Civil Veterinary Department Bengal reports 1923-33 - 1923-1933
Year: 1923
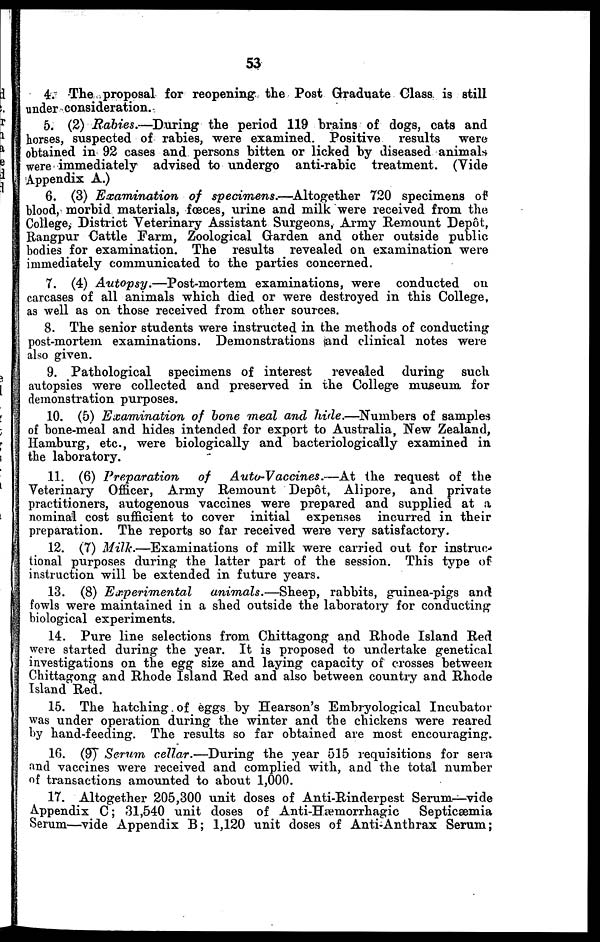
53
4. The proposal for reopening the Post Graduate Class is still
under consideration.
5. (2) Rabies.—During
the period 119 brains of dogs, cats and
horses, suspected of rabies, were examined. Positive results
were
obtained in 92 cases and persons bitten or licked by diseased animals
were immediately advised to undergo anti-rabic treatment. (Vide
Appendix A.)
6. (3) Examination
of specimens.—Altogether
720 specimens of
blood, morbid materials, fœces, urine and milk were received from the
College, District Veterinary Assistant Surgeons, Army Remount Depôt,
Rangpur Cattle Farm, Zoological Garden and other outside public
bodies for examination. The results revealed on examination were
immediately communicated to the parties concerned.
7. (4) Autopsy.—Post-mortem
examinations, were conducted on
carcases of all animals which died or were destroyed in this College,
as well as on those received from other sources.
8. The senior students were instructed in the methods of conducting
post-mortem examinations. Demonstrations sand clinical notes were
also given.
9. Pathological specimens of interest
revealed during such
autopsies were collected and preserved in the Colleg'e museum for
demonstration purposes.
10. (5) Examination
of bone meal and hide.—Numbers of samples
of bone-meal and hides intended for export to Australia, New Zealand,
Hamburg, etc., were biologically and bacteriologically examined in
the laboratory.
11. (6) Preparation
of
Auto-Vaccines.—At
the request of the
Veterinary Officer, Army Remount Depot, Alipore, and private
practitioners, autogenous vaccines were prepared and supplied at a
nominal cost sufficient to cover initial expenses incurred in their
preparation. The reports so far received were very satisfactory.
12. (7) Milk.—Examinations
of milk were carried out for instruc-
tional purposes during the latter part of the session. This type of
instruction will be extended in future years.
13. (8) Experimental
animals.—Sheep,
rabbits, guinea-pigs and
fowls were maintained in a shed outside the laboratory for conducting
biological experiments.
14. Pure line selections from Chittagong and Rhode Island Red
were started during the year. It is proposed to undertake genetical
investigations on the egg size and laying capacity of crosses between
Chittagong and Rhode Island Red and also between country and Rhode
Island Red.
15. The hatching of eggs by Hearson's Embiyological Incubator
was under operation during the winter and the chickens were reared
by hand-feeding. The results so far obtained are most encouraging.
10. (9) Serum cellar.—During
the year 515 requisitions for sera
and vaccines were received and complied with, and the total number
of transactions amounted to about 1,000.
17. Altogether 205,300 unit doses of Anti-Rinderpest Serum—vide
Appendix C; 31,540 unit doses of Anti-Hæmorrhagic Septicæmia
Serum—vide Appendix B; 1,120 unit doses of Anti-Anthrax Serum;